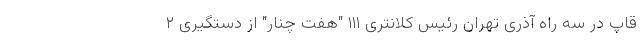
قاپ در سه راه آذری تهران رئیس کلانتری ۱۱۱ "هفت چنار" از دستگیری ۲